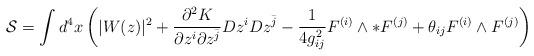
LaTeX: \begin{align*}\mathcal{S}= \int d^4x \left( |W(z)|^2 + \frac{\partial^2 K}{\partial z^i \partial z^{\bar j} }Dz^i Dz^{\bar j}-\frac{1}{4g^2_{ij}} F^{(i)} \wedge * F^{(j)}+ \theta_{ij} F^{(i)} \wedge F^{(j)} \right)\end{align*}